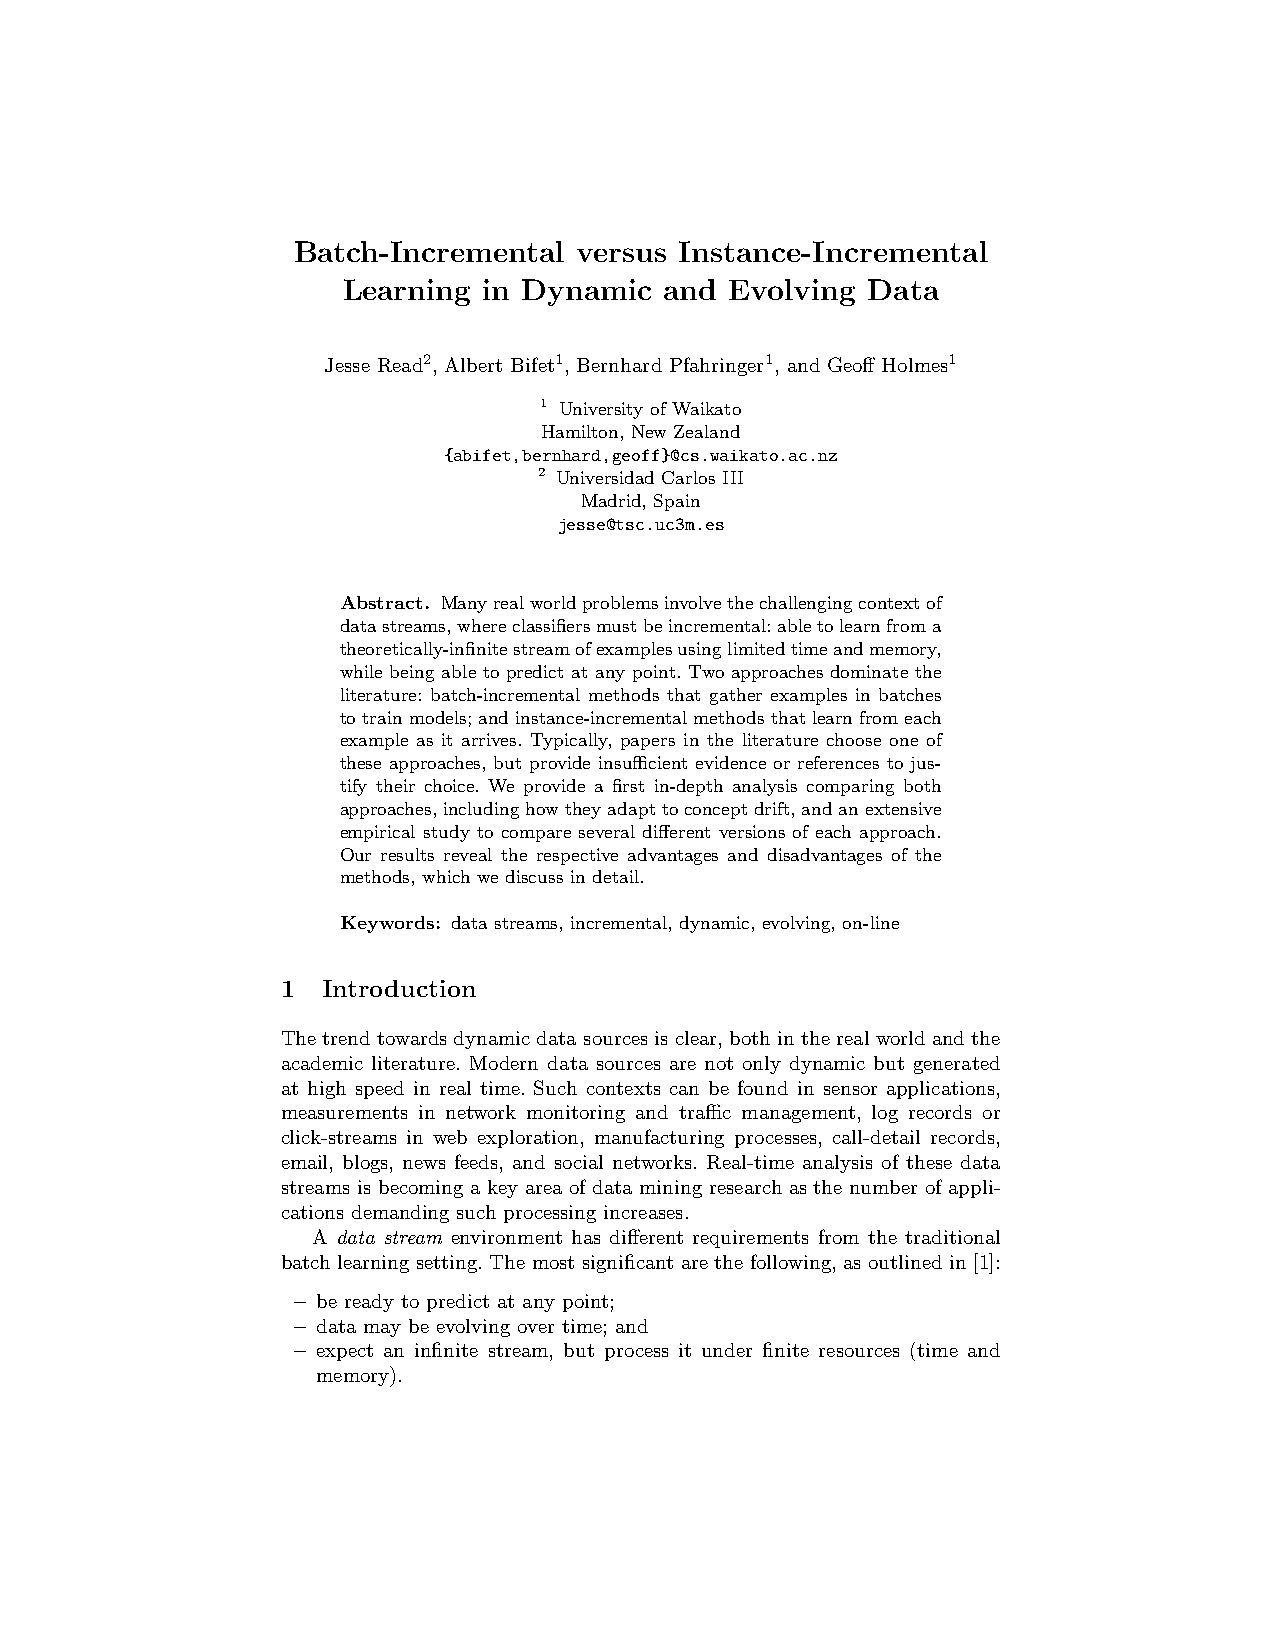
Batch-Incremental  versus Instance-Incremental
 Learning in Dynamic  and Evolving Data
 Jesse Read2, Albert Bifet1, Bernhard Pfahringer1, and Geoff Holmes1
 1 University of Waikato
 Hamilton, New Zealand
 {abifet,bernhard,geoff}@cs.waikato.ac.nz
 2 Universidad Carlos III
 Madrid, Spain
 jesse@tsc.uc3m.es
 Abstract. Manyrealworldproblemsinvolvethechallengingcontextof
 datastreams,whereclassifiersmustbeincremental:abletolearnfroma
 theoretically-infinitestreamofexamplesusinglimitedtimeandmemory,
 while being able to predict at any point. Two approaches dominate the
 literature: batch-incremental methods that gather examples in batches
 totrainmodels;andinstance-incrementalmethodsthatlearnfromeach
 example as it arrives. Typically, papers in the literature choose one of
 these approaches, but provide insufficient evidence or references to jus-
 tify their choice. We provide a first in-depth analysis comparing both
 approaches,includinghowtheyadapttoconceptdrift,andanextensive
 empirical study to compare several different versions of each approach.
 Our results reveal the respective advantages and disadvantages of the
 methods, which we discuss in detail.
 Keywords: data streams, incremental, dynamic, evolving, on-line
 1 Introduction
 Thetrendtowardsdynamicdatasourcesisclear,bothintherealworldandthe
 academic literature. Modern data sources are not only dynamic but generated
 at high speed in real time. Such contexts can be found in sensor applications,
 measurements in network monitoring and traffic management, log records or
 click-streams in web exploration, manufacturing processes, call-detail records,
 email, blogs, news feeds, and social networks. Real-time analysis of these data
 streams is becoming a key area of data mining research as the number of appli-
 cations demanding such processing increases.
 A data stream environment has different requirements from the traditional
 batch learning setting. The most significant are the following, as outlined in [1]:
 – be ready to predict at any point;
 – data may be evolving over time; and
 – expect an infinite stream, but process it under finite resources (time and
 memory).